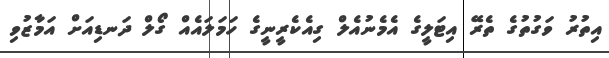
އިތުރު ވަގުތުގެ ތެރޭ އިޓަލީގެ އެމެނުއެލް ގިއެކެރީނީގެ ހަމަލައެއް ގޯލް ދަނޑިއަށް އަމާޒުވި